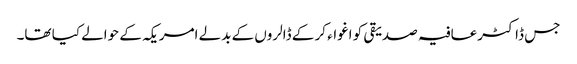
جس ڈاکٹرعافیہ صدیقی کو اغواء کر کے ڈالروں کے بدلے امریکہ کے حوالے کیا تھا۔